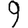
Digit: 9